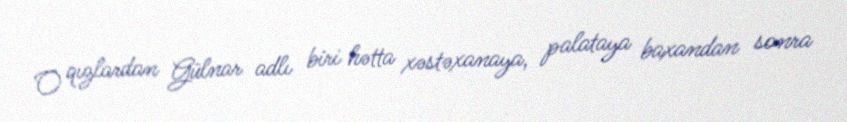
O qızlardan Gülnar adlı biri hətta xəstəxanaya, palataya baxandan sonra